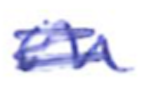
Text: on
Cross-out: scratch
Writing tool: ballpoint